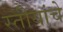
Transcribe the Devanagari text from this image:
स्तीयांचे